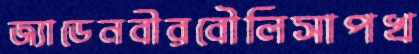
জ্যাডেনবীরবৌলিসাপখ